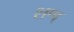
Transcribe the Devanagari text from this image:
शण्